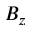
B _ { z }